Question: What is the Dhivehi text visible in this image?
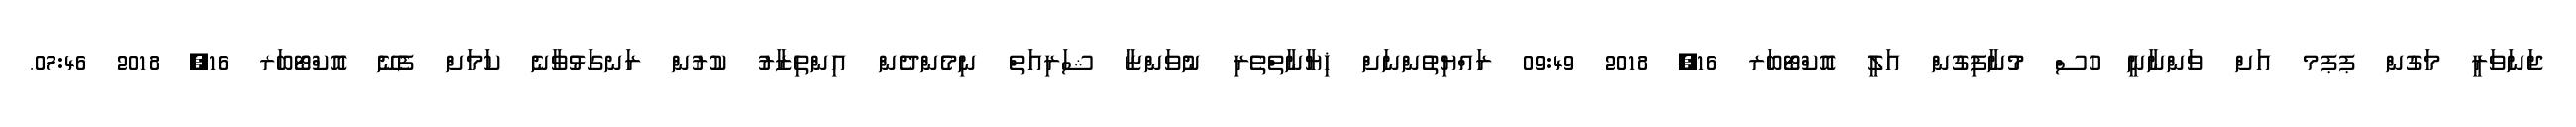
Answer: ޖަނަވަރީ މަގުން ޕޕމ އަށް ވަންނާނީ ހުސް މުނާފިގުން އަލީ އޮކްޓޯބަރ 16, 2018 09:49 ރައްޔިތުންނަށް ޚިޔާނާތްތެރި ނުވަންޏާ ޝަރިއަތް ނިމެންދެން އިންތިޒާރު ކުރުން ރަނގަޅުވާނެ ކަމަށް ފެނޭ އޮކްޓޯބަރ 16, 2018 07:46.